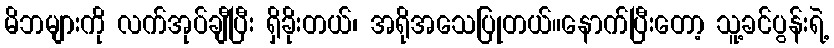
မိဘများကို လက်အုပ်ချီပြီး ရှိခိုးတယ်၊ အရိုအသေပြုတယ်။နောက်ပြီးတော့ သူ့ခင်ပွန်းရဲ့